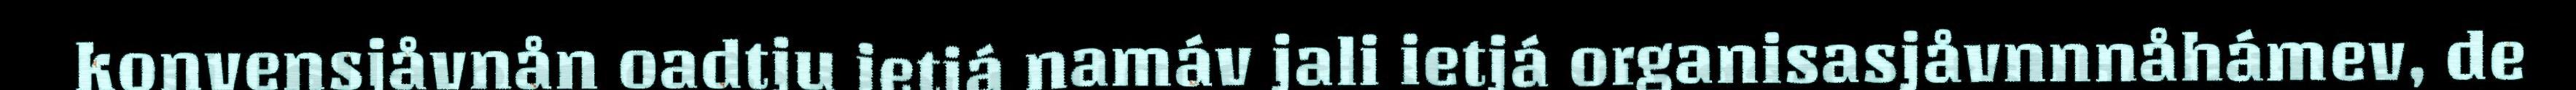
konvensjåvnån oadtju ietjá namáv jali ietjá organisasjåvnnnåhámev, de